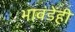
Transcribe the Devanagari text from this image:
भावंडेंही